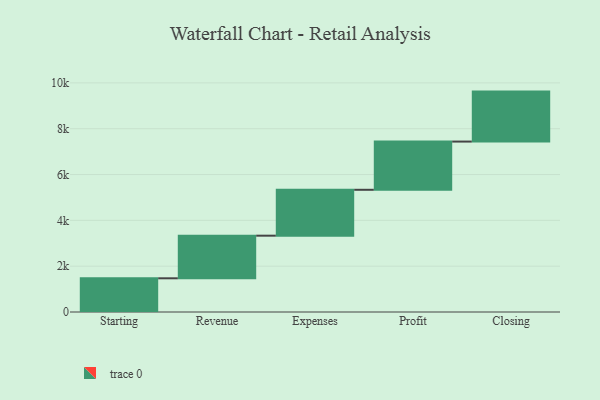
{"axis": {"x": "Step", "y": "Value"}, "legend": [""], "data": [{"x": "Starting", "y": 1471.0, "type": ""}, {"x": "Revenue", "y": 1860.0, "type": ""}, {"x": "Expenses", "y": 2003.0, "type": ""}, {"x": "Profit", "y": 2105.0, "type": ""}, {"x": "Closing", "y": 2181.0, "type": ""}]}